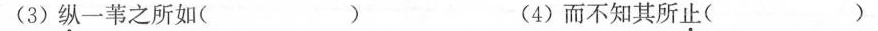
(3 )纵一苇之所如( ) (4) 而不知其所止( )